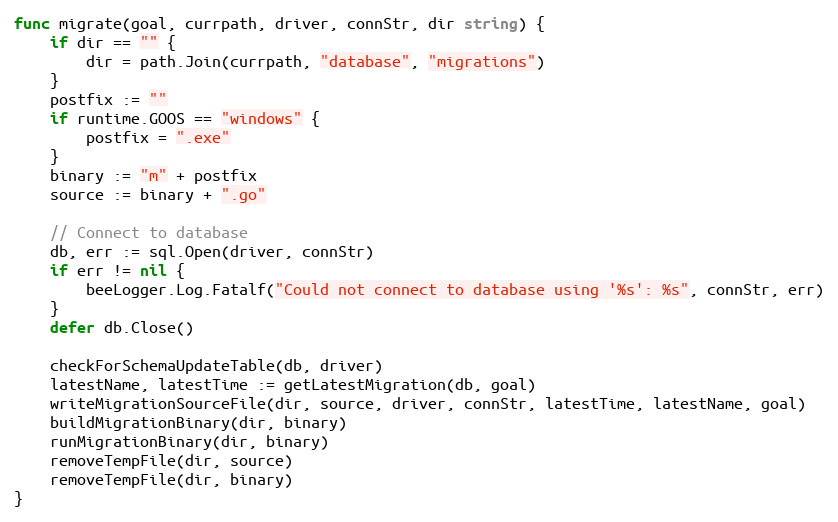
Language: Go
func migrate(goal, currpath, driver, connStr, dir string) {
	if dir == "" {
		dir = path.Join(currpath, "database", "migrations")
	}
	postfix := ""
	if runtime.GOOS == "windows" {
		postfix = ".exe"
	}
	binary := "m" + postfix
	source := binary + ".go"

	// Connect to database
	db, err := sql.Open(driver, connStr)
	if err != nil {
		beeLogger.Log.Fatalf("Could not connect to database using '%s': %s", connStr, err)
	}
	defer db.Close()

	checkForSchemaUpdateTable(db, driver)
	latestName, latestTime := getLatestMigration(db, goal)
	writeMigrationSourceFile(dir, source, driver, connStr, latestTime, latestName, goal)
	buildMigrationBinary(dir, binary)
	runMigrationBinary(dir, binary)
	removeTempFile(dir, source)
	removeTempFile(dir, binary)
}